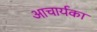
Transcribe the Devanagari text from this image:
अाचार्यका